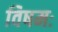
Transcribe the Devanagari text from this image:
विषमः